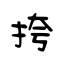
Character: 挎